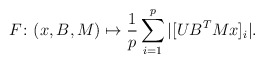
\begin{align*} F \colon (x,B,M) \mapsto \frac{1}{p} \sum_{i=1}^p |[U B^T M x]_i|. \end{align*}